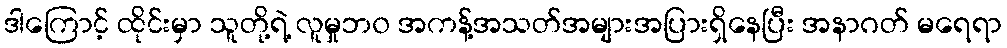
ဒါကြောင့် ထိုင်းမှာ သူတို့ရဲ့ လူမှုဘ၀ အကန့်အသတ်အများအပြားရှိနေပြီး အနာဂတ် မရေရာ